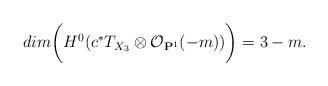
LaTeX: \begin{align*} dim \biggl(H^0(c^\ast T_{X_3} \otimes \mathcal O_{\mathbf P^1}(-m))\biggr)=3-m.\end{align*}